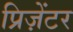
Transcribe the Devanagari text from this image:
प्रिज़ेंटर